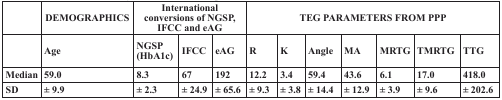
<table><thead><tr><td></td><td><b>DEMOGRAPHICS</b></td><td colspan="3"><b>International conversions of NGSP, IFCC and eAG</b></td><td colspan="7"><b>TEG PARAMETERS FROM PPP</b></td></tr><tr><td></td><td><b>Age</b></td><td><b>NGSP (HbA1c)</b></td><td><b>IFCC</b></td><td><b>eAG</b></td><td><b>R</b></td><td><b>K</b></td><td><b>Angle</b></td><td><b>MA</b></td><td><b>MRTG</b></td><td><b>TMRTG</b></td><td><b>TTG</b></td></tr></thead><tbody><tr><td>Median</td><td>59.0</td><td>8.3</td><td>67</td><td>192</td><td>12.2</td><td>3.4</td><td>59.4</td><td>43.6</td><td>6.1</td><td>17.0</td><td>418.0</td></tr><tr><td>SD</td><td>± 9.9</td><td>± 2.3</td><td>± 24.9</td><td>± 65.6</td><td>± 9.3</td><td>± 3.8</td><td>± 14.4</td><td>± 12.9</td><td>± 3.9</td><td>± 9.6</td><td>± 202.6</td></tr></tbody></table>